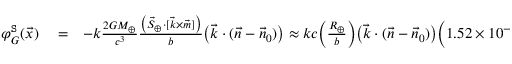
\begin{array} { r l r } { \varphi _ { G } ^ { \tt S } ( \vec { x } ) } & { { } = } & { - k \frac { 2 G M _ { \oplus } } { c ^ { 3 } } \frac { \big ( { \vec { S } } _ { \oplus } \cdot [ { \vec { k } } \times \vec { m } ] \big ) } { b } \big ( \vec { k } \cdot ( \vec { n } - \vec { n } _ { 0 } ) \big ) \approx k c \Big ( \frac { R _ { \oplus } } { b } \Big ) \big ( \vec { k } \cdot ( \vec { n } - \vec { n } _ { 0 } ) \big ) \Big ( 1 . 5 2 \times 1 0 ^ { - 1 7 } \, \mathrm { s } \Big ) , } \end{array}